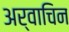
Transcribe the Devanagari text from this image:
अर्वाचिन